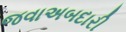
જવાઅબદારી